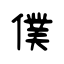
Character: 僕